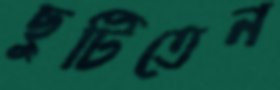
ছুটিতেন